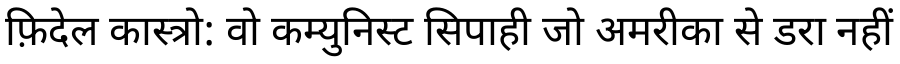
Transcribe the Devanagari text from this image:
फ़िदेल कास्त्रो: वो कम्युनिस्ट सिपाही जो अमरीका से डरा नहीं